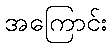
အကြောင်း